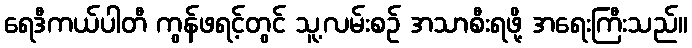
ရေဒီကယ်ပါတီ ကွန်ဖရင့်တွင် သူ့လမ်းစဉ် အသာစီးရဖို့ အရေးကြီးသည်။